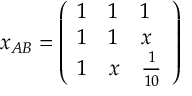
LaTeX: x _ { A B } = \left( \begin{array} { l l l } { { 1 } } & { { 1 } } & { { 1 } } \\ { { 1 } } & { { 1 } } & { { x } } \\ { { 1 } } & { { x } } & { { { \frac { 1 } { 1 0 } } } } \end{array} \right)